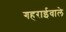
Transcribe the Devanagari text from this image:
गहराईवाले